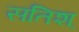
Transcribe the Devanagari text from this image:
सतिश्